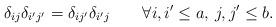
LaTeX: \begin{align*}\delta_{ij}\delta_{i'j'}=\delta_{ij'}\delta_{i'j}\qquad\forall i,i'\leq a,\, j,j'\leq b.\end{align*}